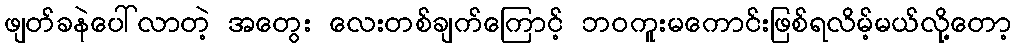
ဖျတ်ခနဲပေါ်လာတဲ့ အတွေး လေးတစ်ချက်ကြောင့် ဘဝကူးမကောင်းဖြစ်ရလိမ့်မယ်လို့တော့